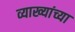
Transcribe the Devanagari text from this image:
व्याख्यांच्या